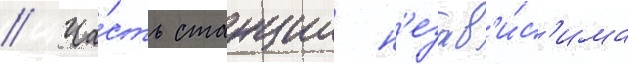
// Ча́сть станции н'езав'и́с'има